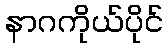
နာဂကိုယ်ပိုင်